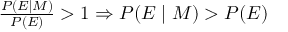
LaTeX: \textstyle { \frac { P ( E \mid M ) } { P ( E ) } } > 1 \Rightarrow \textstyle P ( E \mid M ) > P ( E )